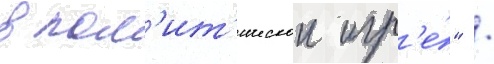
в пол'ит'ическои игр'е́" /